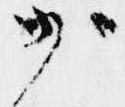
少